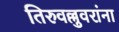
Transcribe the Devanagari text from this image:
तिरुवल्लुवरांना